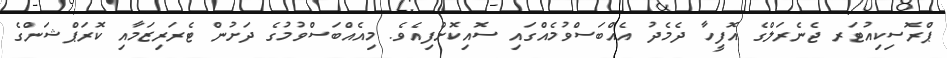
ޕްރޮސިކިއުޓަރ ޖެނެރަލްގެ އޮފީހާ ދެމެދު އެއްބަސްވުމެއްގައި ސޮއިކޮށްފިއެވެ. މިއެއްބަސްވުމުގެ ދަށުން ޓެރަރިޒަމާއި ކޮރަޕްޝަންގެ